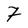
Character: 7